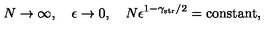
N \rightarrow \infty , \quad \epsilon \rightarrow 0 , \quad N \epsilon ^ { 1 - \gamma _ { \mathrm { s t r } } / 2 } = \mathrm { c o n s t a n t } ,